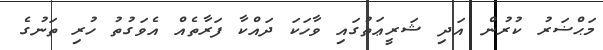
މަޙްޟަރު ކުރުން އަދި ޝަރީޢަތުގައި ވާހަކަ ދައްކާ ފަރާތެއް އެވަގުތު ހުރި ތަނުގެ